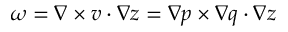
\omega = \nabla \times \boldsymbol { v } \cdot \nabla z = \nabla p \times \nabla q \cdot \nabla z